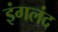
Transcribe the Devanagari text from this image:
इंगलंद